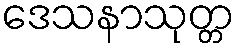
ဒေသနာသုတ္တ